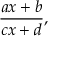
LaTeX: { \frac { a x + b } { c x + d } } ,